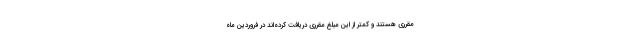
مقرری هستند و کمتر از این مبلغ مقرری دریافت کرده‌اند در فروردین ماه